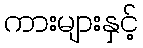
ကားများနှင့်